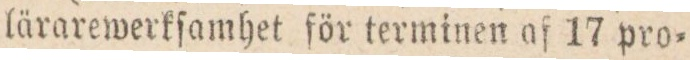
lärarewerkſamhet för terminen af 17 pro=